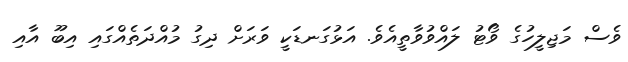
ވެސް މަޖިލީހުގެ ވޯޓު ލައްވުވާތީއެވެ. އަޅުގަނޑަކީ ވަރަށް ދިގު މުއްދަތެއްގައި އިބޫ އާއި